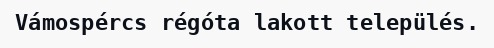
Vámospércs régóta lakott település.